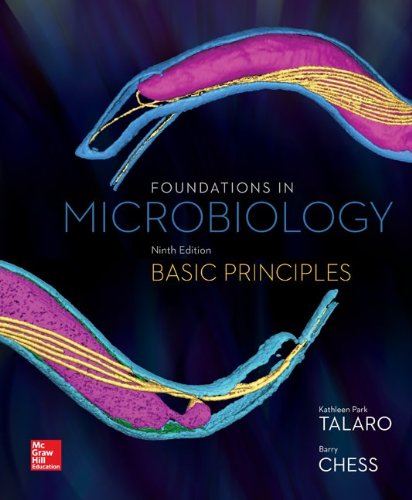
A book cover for Foundations in Microbiology: Basic Principles; Kathleen Park Talaro; Medical Books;